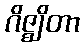
ဂိဇ္ဈိတာ